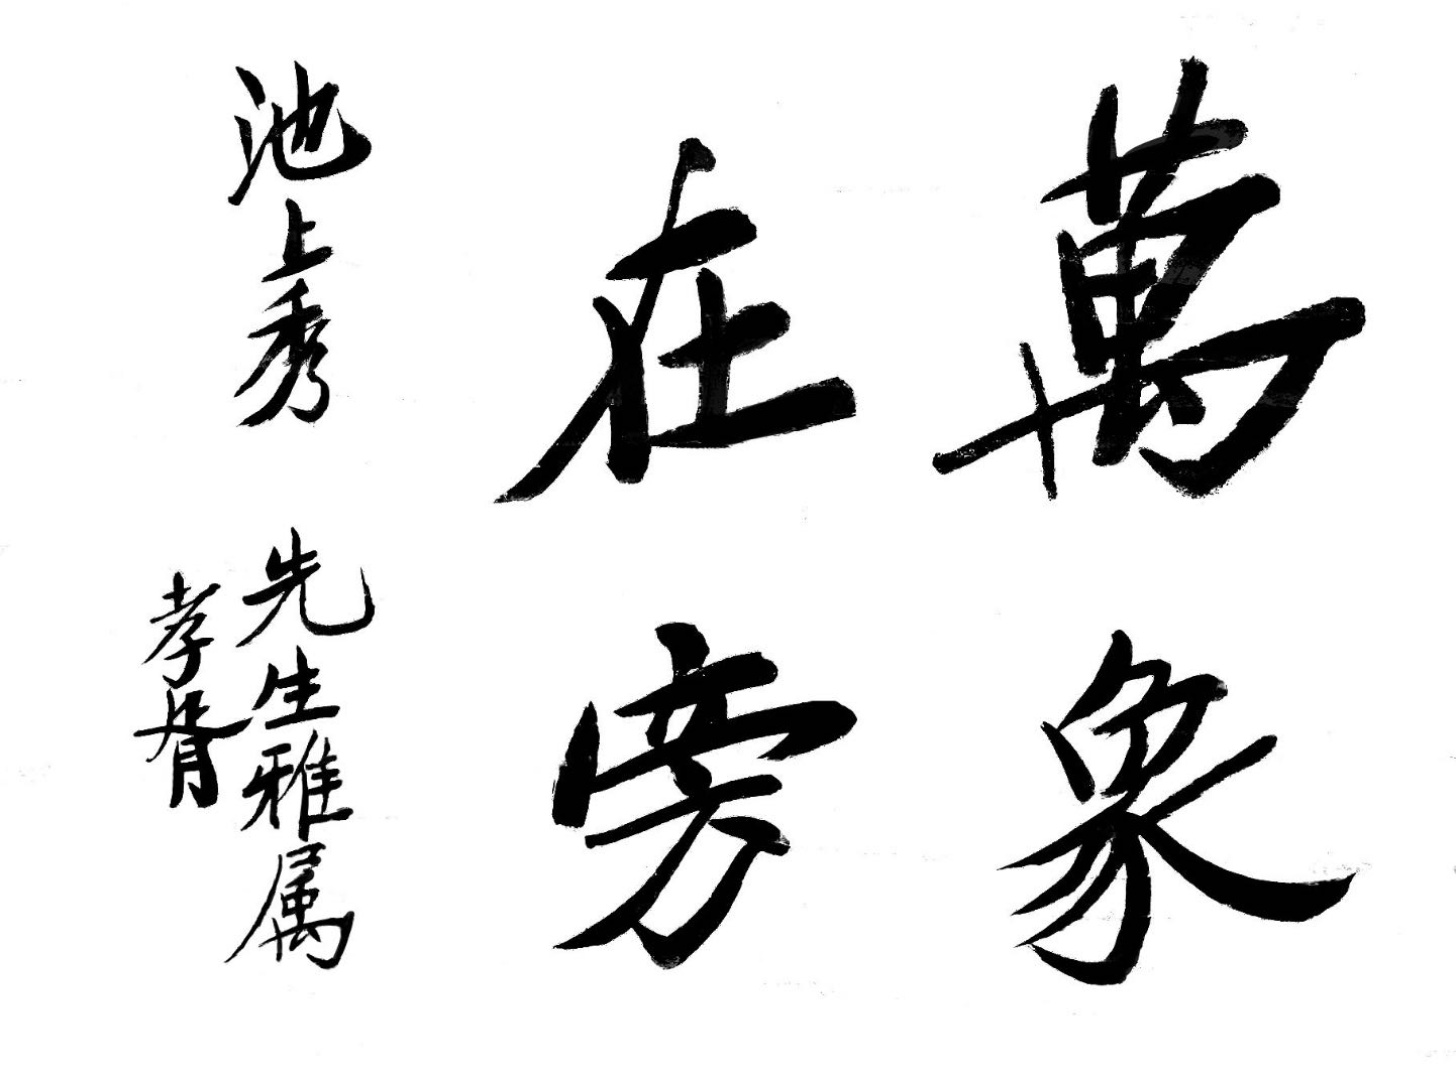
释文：万象在旁。池上秀亩先生雅属，孝胥。